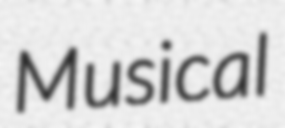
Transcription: Musical